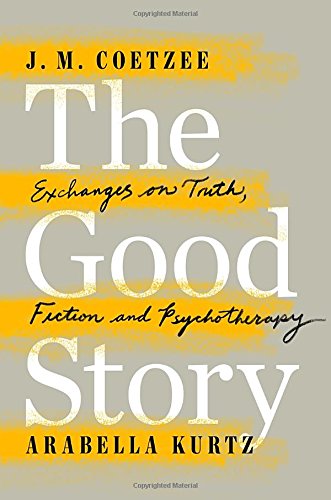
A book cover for The Good Story: Exchanges on Truth, Fiction and Psychotherapy; J. M. Coetzee; Literature & Fiction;